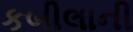
કબીલાની